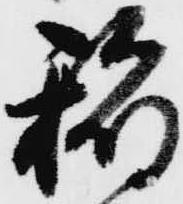
稲